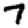
Digit: 7